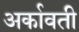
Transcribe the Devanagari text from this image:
अर्कावती